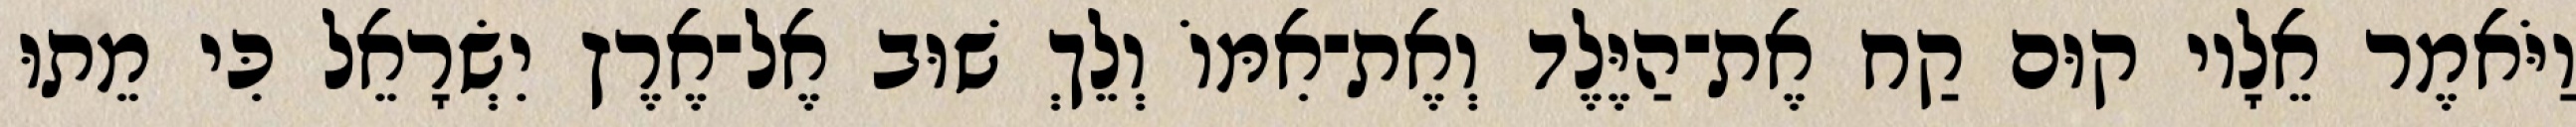
וַיֹּאמֶר אֵלָיו קוּם קַח אֶת־הַיֶּלֶד וְאֶת־אִמּוֹ וְלֵךְ שׁוּב אֶל־אֶרֶץ יִשְׂרָאֵל כִּי מֵתוּ